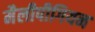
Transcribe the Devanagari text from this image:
मैलीपीगियन